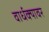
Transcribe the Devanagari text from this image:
वार्धक्यावर